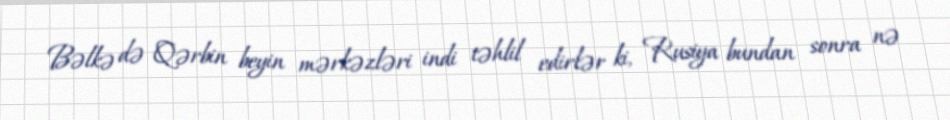
Bəlkə də Qərbin beyin mərkəzləri indi təhlil edirlər ki, Rusiya bundan sonra nə